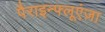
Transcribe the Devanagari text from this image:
पैराइन्फ्लूएंज़ा